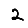
Digit: 2